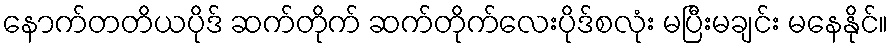
နောက်တတိယပိုဒ် ဆက်တိုက် ဆက်တိုက်လေးပိုဒ်စလုံး မပြီးမချင်း မနေနိုင်။